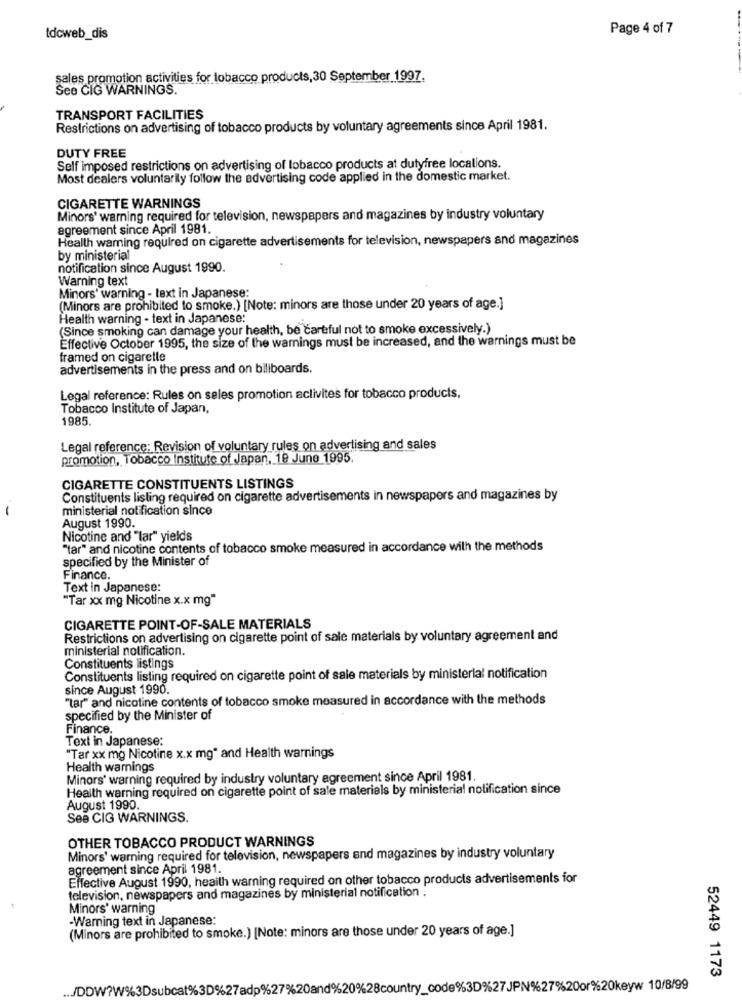
Page 4 of 7
tdcweb_dis
sales promotion activities for tobacco products, 30 September 1997.
See CIG WARNINGS.
TRANSPORT FACILITIES
Restrictions on advertising of tobacco products by voluntary agreements since April 1981.
DUTY FREE
Self imposed restrictions on advertising of tobacco products at dutyfree locations.
Most dealers voluntarily follow the advertising code applied in the domestic market.
CIGARETTE WARNINGS
Minors' warning required for television, newspapers and magazines by industry voluntary
agreement since April 1981.
Health warning required on cigarette advertisements for television, newspapers and magazines
by ministerial
notification since August 1990.
Warning text
Minors' warning - text in Japanese:
(Minors are prohibited to smoke.) [Note: minors are those under 20 years of age.]
Health warning - text in Japanese:
(Since smoking can damage your health, be careful not to smoke excessively.)
Effective October 1995, the size of the warnings must be increased, and the warnings must be
framed on cigaretle
advertisements in the press and on biliboards.
Legal reference: Rules on seles promotion aclivites for tobacco products.
Tobacco Institute of Japan,
1985
Legal reference; Revision of voluntary rules on advertising and sales
promotion, Tobacco Institute of Japan, 18 June 1995.
CIGARETTE CONSTITUENTS LISTINGS
Constituents listing required on cigarette advertisements in newspapers and magazines by
--
ministerial notification since
August 1990.
Nicotine and "lar" yields
"far" and nicotine contents of tobacco smoke measured in accordance with the methods
specified by the Minister of
Finance.
Text in Japanese:
"Tar xx mg Nicotine x.x mg"
CIGARETTE POINT-OF-SALE MATERIALS
Restrictions on advertising on cigarette point of sale materials by voluntary agreement and
ministerial notification.
Constituents listings
Constituents listing required on cigarette point of sale materials by ministerial notification
since August 1990.
"tar" and nicotine contents of tobacco smoke measured in accordance with the methods
specified by the Minister of
Finance.
Text in Japanese:
"Tar xx mg Nicotine x.x mg" and Health warnings
Health warnings
Minors' warning required by industry voluntary agreement since April 1981.
Health warning required on cigarette point of sale materials by ministerial notification since
August 1990.
See CIG WARNINGS.
OTHER TOBACCO PRODUCT WARNINGS
Minors' warning required for television, newspapers and magazines by industry voluntary
agreement since April 1981.
Effective August 1990, heaith warning required on other tobacco products advertisements for
television, newspapers and magazines by ministerial notification .
Minors' warning
-Warning text in Japanese:
(Minors are prohibited to smoke.) [Note: minors are those under 20 years of age.]
52449 1173
./DDW?W%3Dsubcat%3D%27adp%27%20and%20%28country_code%3D%27JPN%27%20or%20keyw 10/8/99